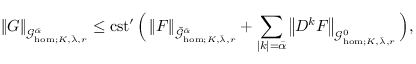
\left\| G \right\| _ { \mathcal { G } _ { \mathrm { h o m } ; K , \bar { \lambda } , r } ^ { \bar { \alpha } } } \le \mathrm { c s t ^ { \prime } } \, \Big ( \left\| F \right\| _ { \check { \mathcal { G } } _ { \mathrm { h o m } ; K , \bar { \lambda } , r } ^ { \bar { \alpha } } } + \sum _ { | k | = \bar { \alpha } } \left\| D ^ { k } F \right\| _ { \mathcal { G } _ { \mathrm { h o m } ; K , \bar { \lambda } , r } ^ { 0 } } \Big ) ,